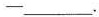
-\underline.